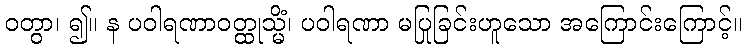
ဝတွာ၊ ၍။ န ပဝါရဏာဝတ္ထုသ္မိံ၊ ပဝါရဏာ မပြုခြင်းဟူသော အကြောင်းကြောင့်။